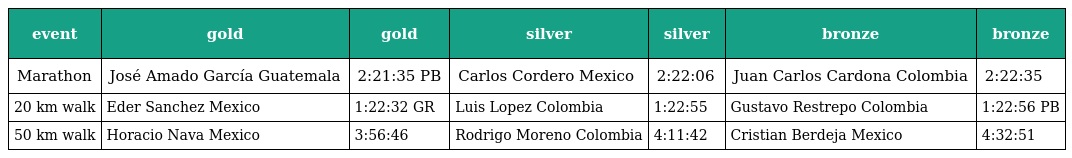
| event | gold | gold | silver | silver | bronze | bronze |
 | --- | --- | --- | --- | --- | --- | --- |
 | Marathon | José Amado García Guatemala | 2:21:35 PB | Carlos Cordero Mexico | 2:22:06 | Juan Carlos Cardona Colombia | 2:22:35 |
 | 20 km walk | Eder Sanchez Mexico | 1:22:32 GR | Luis Lopez Colombia | 1:22:55 | Gustavo Restrepo Colombia | 1:22:56 PB |
 | 50 km walk | Horacio Nava Mexico | 3:56:46 | Rodrigo Moreno Colombia | 4:11:42 | Cristian Berdeja Mexico | 4:32:51 |